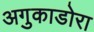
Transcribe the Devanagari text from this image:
अगुकाडोरा